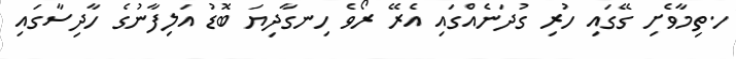
ހ.ތިމާވެށި ގޭގައި ހުރި ގުދަނެއްގައި އެރޭ ރޯވެ ހިނގާދިޔަ ބޮޑު އަލިފާނުގެ ހާދިސާގައި